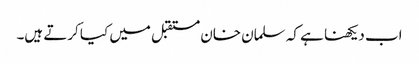
اب دیکھنا ہے کہ سلمان خان مستقبل میں کیا کرتے ہیں۔